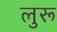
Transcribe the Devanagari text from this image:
लुरू